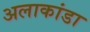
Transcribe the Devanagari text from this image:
अलाकांडा